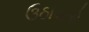
ઉઠાવતો